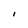
Character: l